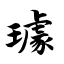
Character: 璩